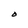
Character: O